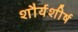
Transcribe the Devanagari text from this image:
शौर्यशीर्ष